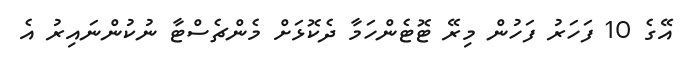
އޭގެ 10 ފަހަރު ފަހުން މިރޭ ޓޮޓެންހަމާ ދެކޮޅަށް މެންޗެސްޓާ ނުކުންނައިރު އެ